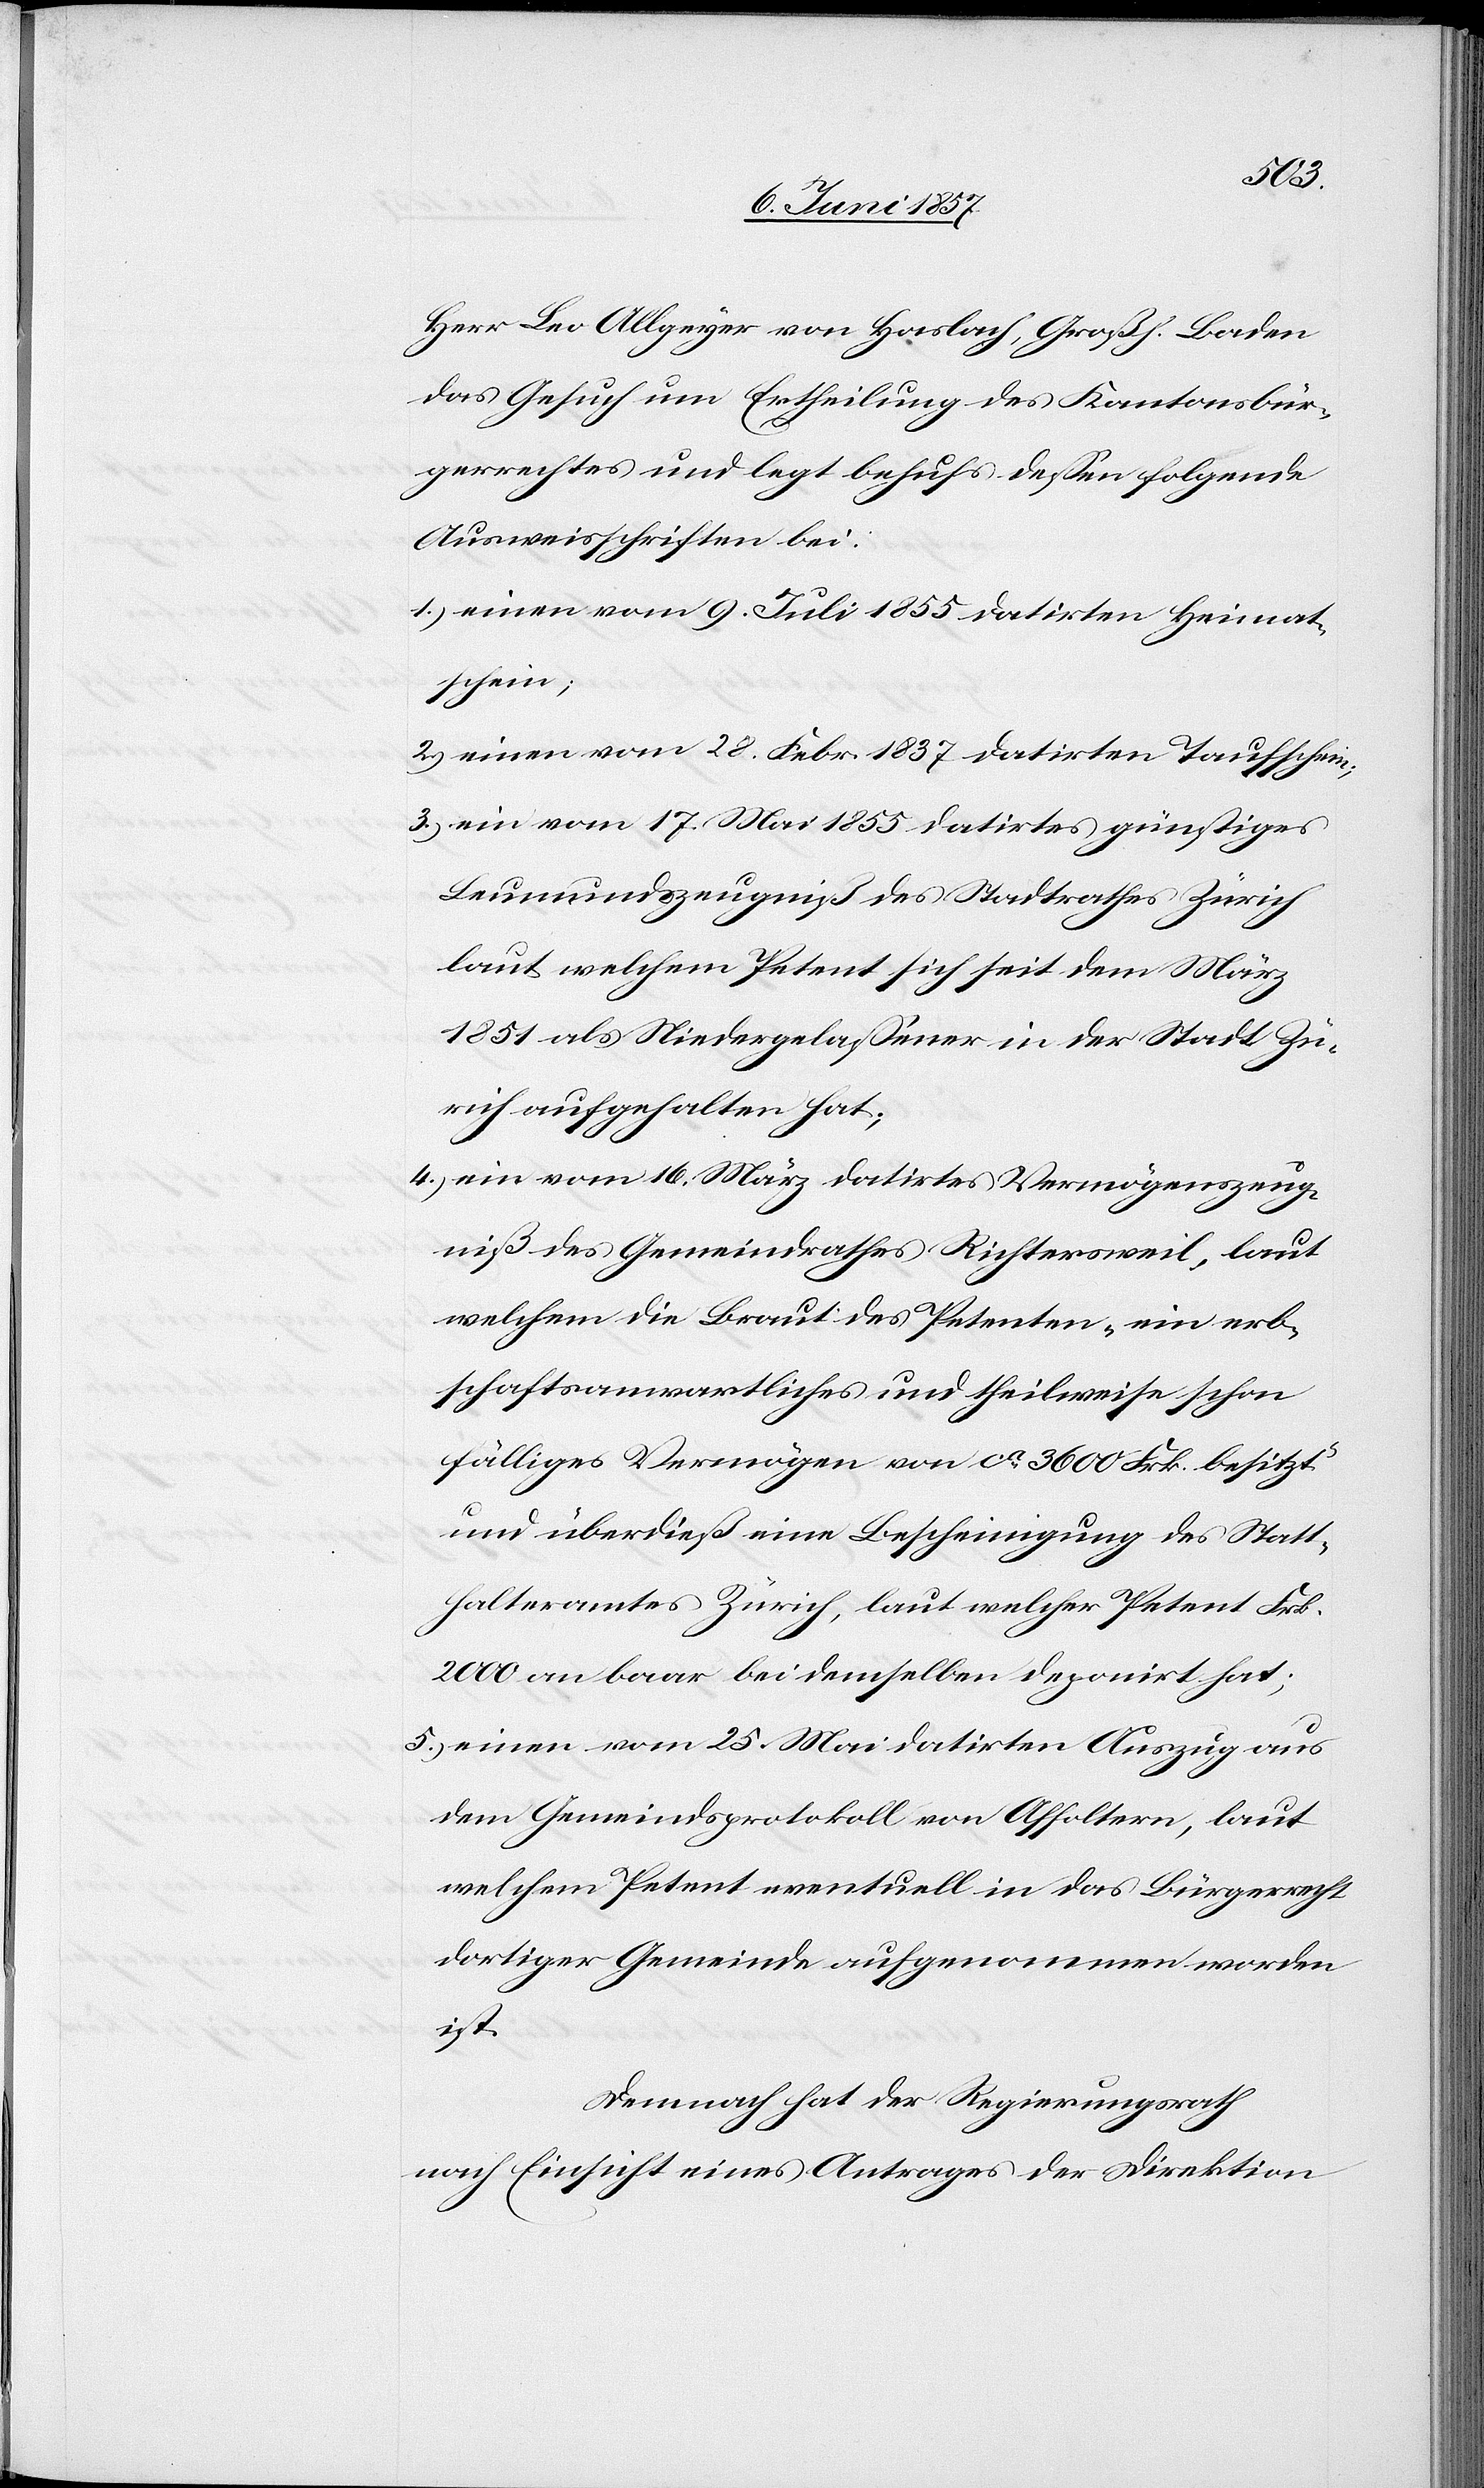
Herr Leo Allgeyer von Haslach, Großh. Baden
das Gesuch um Ertheilung des Kantonsbür¬
gerrechtes und legt behufs dessen folgende
Ausweisschriften bei:
1.) einen vom 9 Juli 1855 datirten Heimat¬
schein,
2.) einen vom 28 Febr. 1837 datirten Taufschein;
3.) ein vom 17 Mai 1855 datirtes günstiges
Leumundszeugniß des Stadtrathes Zürich
laut welchem Petent sich seit dem März
1851 als Niedergelassener in der Stadt Zü¬
rich aufgehalten hat;
4.) ein vom 16 März datirtes Vermögenszeug¬
niß des Gemeindrathes Richtersweil, laut
welchem die Braut des Petenten „ein erb¬
schaftsanwartliches und theilweise schon
fälliges Vermögen von ca 3600 Frk. besitzt“
und überdieß eine Bescheinigung des Statt¬
halteramtes Zürich, laut welcher Petent Frk.
2000 an baar bei demselben deponirt hat;
5.) einen vom 25 Mai datirten Auszug aus
dem Gemeindsprotokoll von Affoltern, laut
welchem Petent eventuell in das Bürgerrecht
dortiger Gemeinde aufgenommen worden
ist.
Demnach hat der Regierungsrath
nach Einsicht eines Antrages der Direktion